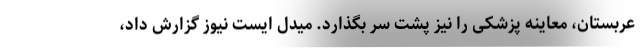
عربستان، معاینه پزشکی را نیز پشت سر بگذارد. میدل ایست نیوز گزارش داد،